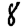
Digit: 8